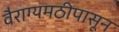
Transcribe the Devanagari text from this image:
वैराग्यमठीपासून